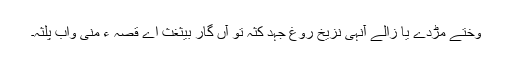
وختے مڑدے یا زالے آنہی نزیخ روغ جہد کثہ تو آں گار بیثغث اے قصہ ءَ منی واب پلثہ۔